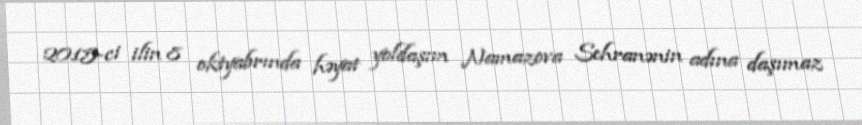
2015-ci ilin 8 oktyabrında həyat yoldaşım Namazova Sehranənin adına daşımaz